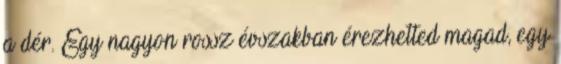
a dér. Egy nagyon rossz évszakban érezhetted magad, egy